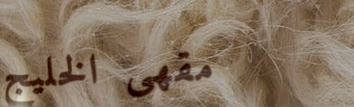
مقهى الخليج